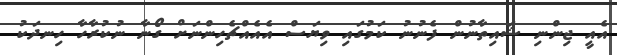
އެއީ ޖިންނި ޝައިތާނުން ފެނުނު ކަމުގައި ވިޔަސް އެއެއްޗެހިންނަށް ގޯނާ ނުކުރާހާ ހިނދަކު